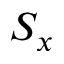
S _ { x }